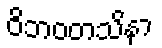
ဝိဘဝတသိနာ